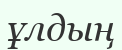
ұлдың